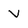
Character: v